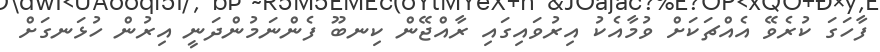
ފާހަގަ ކުރެވޭ އެއްޗަކަށް ވުމާއެކު އިރުވައިގައި ރާއްޖޭން ކިނބޫ ފެންނަމުންދަނީ އިރުން ހުޅަނގަށް